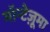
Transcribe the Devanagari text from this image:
मॉन्टेज़ूमा